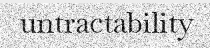
untractability